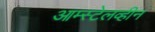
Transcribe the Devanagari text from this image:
आम्स्टेलव्हीन